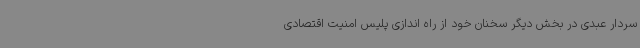
سردار عبدی در بخش دیگر سخنان خود از راه اندازی پلیس امنیت اقتصادی